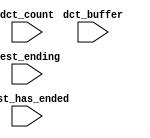
module video_sys_CPU_oci_test_bench (
                                      // inputs:
                                       dct_buffer,
                                       dct_count,
                                       test_ending,
                                       test_has_ended
                                    )
;

  input   [ 29: 0] dct_buffer;
  input   [  3: 0] dct_count;
  input            test_ending;
  input            test_has_ended;


endmodule